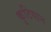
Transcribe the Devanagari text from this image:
कुटियान